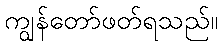
ကျွန်တော်ဖတ်ရသည်။